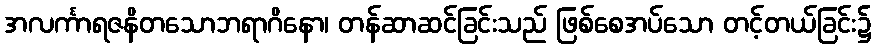
အလင်္ကာရဇနိတသောဘရာဂိနော၊ တန်ဆာဆင်ခြင်းသည် ဖြစ်စေအပ်သော တင့်တယ်ခြင်း၌